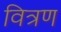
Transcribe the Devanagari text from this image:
वित्रण